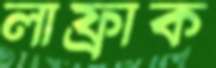
লাফ্রাক